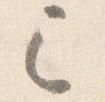
已